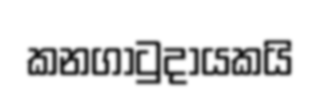
කනගාටුදායකයි